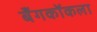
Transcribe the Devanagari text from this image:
बँगकॉकला